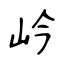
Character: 岒